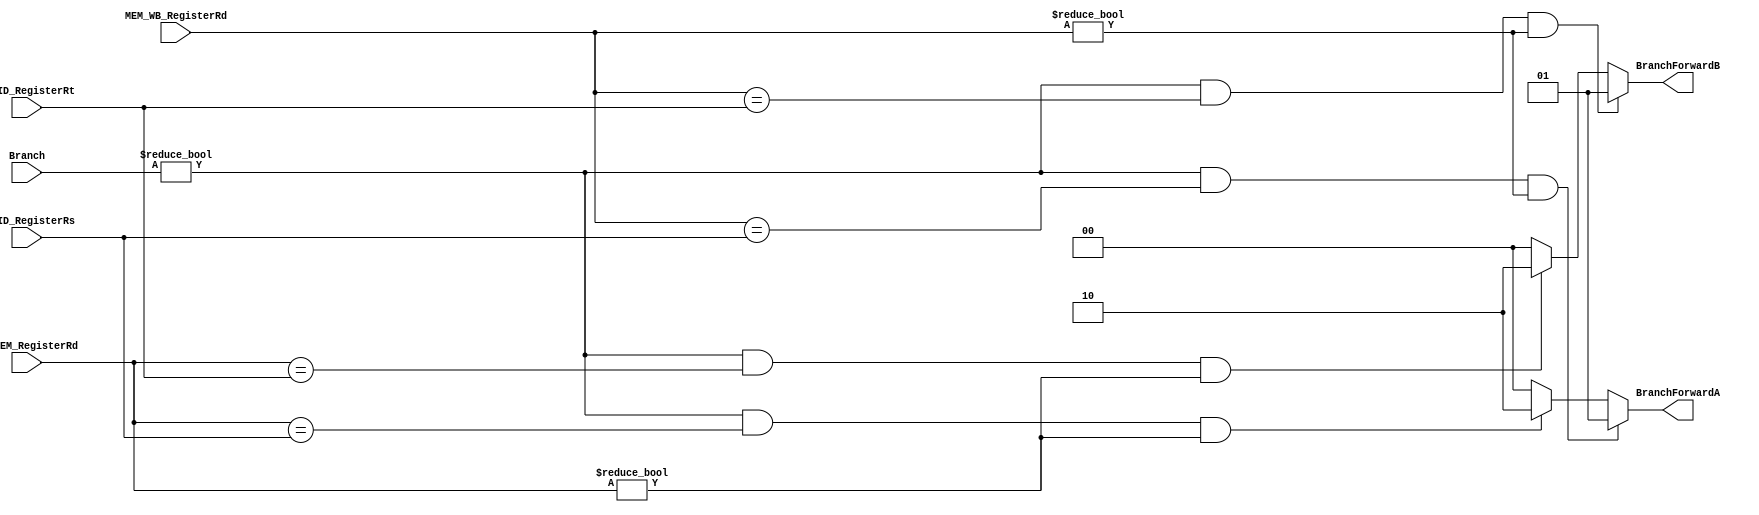
module BranchForward (
    input [1:0]         Branch, 
    input [4:0]         EX_MEM_RegisterRd, 
    input [4:0]         MEM_WB_RegisterRd, 
    input [4:0]         IF_ID_RegisterRs, 
    input [4:0]         IF_ID_RegisterRt, 
    output reg [1:0]    BranchForwardA, 
    output reg [1:0]    BranchForwardB
);

    wire [1:0]          Branch;
    wire [4:0]          EX_MEM_RegisterRd;
    wire [4:0]          MEM_WB_RegisterRd;
    wire [4:0]          IF_ID_RegisterRs;
    wire [4:0]          IF_ID_RegisterRt;
    
    always @(*) begin

        /* defaults */ 
        BranchForwardA = 2'b00;
        BranchForwardB = 2'b00;
        
        /* EX hazard */
        if ((Branch != 2'b00)
            && (EX_MEM_RegisterRd == IF_ID_RegisterRs)
            && (EX_MEM_RegisterRd != 5'b00000))
            begin
                BranchForwardA = 2'b10;
                // BranchForwardB = 2'b00;
            end

        if ((Branch != 2'b00)
            && (EX_MEM_RegisterRd == IF_ID_RegisterRt)
            && (EX_MEM_RegisterRd != 5'b00000))
            begin
                // BranchForwardA = 2'b00;
                BranchForwardB = 2'b10;
            end

        /* MEM hazard */
        if ((Branch != 2'b00)
            && (MEM_WB_RegisterRd == IF_ID_RegisterRs)
            && (MEM_WB_RegisterRd != 5'b00000))
            begin
                BranchForwardA = 2'b01;
                // BranchForwardB = 2'b00;
            end

        if ((Branch != 2'b00)
            && (MEM_WB_RegisterRd == IF_ID_RegisterRt)
            && (MEM_WB_RegisterRd != 5'b00000))
            begin
                // BranchForwardA = 2'b00;
                BranchForwardB = 2'b01;
            end

        
    end

endmodule